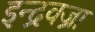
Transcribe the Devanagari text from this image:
इन्द्रवज्रा